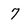
Character: 7